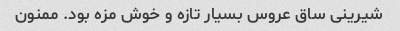
شیرینی ساق عروس بسیار تازه و خوش مزه بود. ممنون